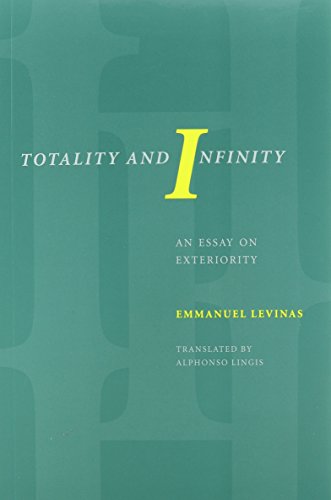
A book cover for Totality and Infinity: An Essay on Exteriority (Philosophical Series); Emmanuel Levinas; Politics & Social Sciences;